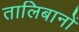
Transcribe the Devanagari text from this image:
तालिबानों